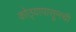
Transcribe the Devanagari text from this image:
कोठ्यापासूनची